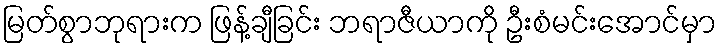
မြတ်စွာဘုရားက ဖြန့်ချီခြင်း ဘရာဇီယာကို ဦးစံမင်းအောင်မှာ